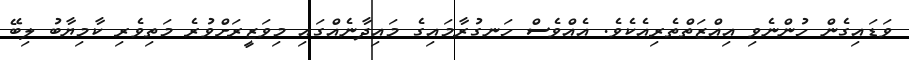
ވަޑައިގެން ހުންނެވި އިއްޒަތްތެރިއެކެވެ. އެއްވެސް ހަނގުރާމައިގެ މައިދާނެއްގައި މިވަޒީރަށްވުރެ މަތިވެރި ކާމިޔާބު ލިބޭ